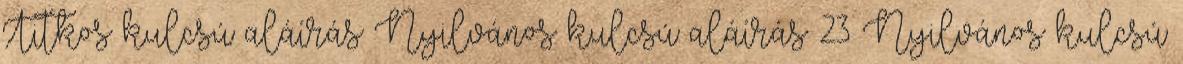
Titkos kulcsú aláírás Nyilvános kulcsú aláírás 23 Nyilvános kulcsú